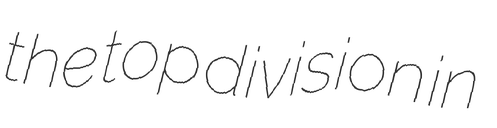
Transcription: the top division in